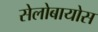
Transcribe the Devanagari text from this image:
सेलोबायोस